Annual administration and progress report of the Indian Medical Department, Bombay
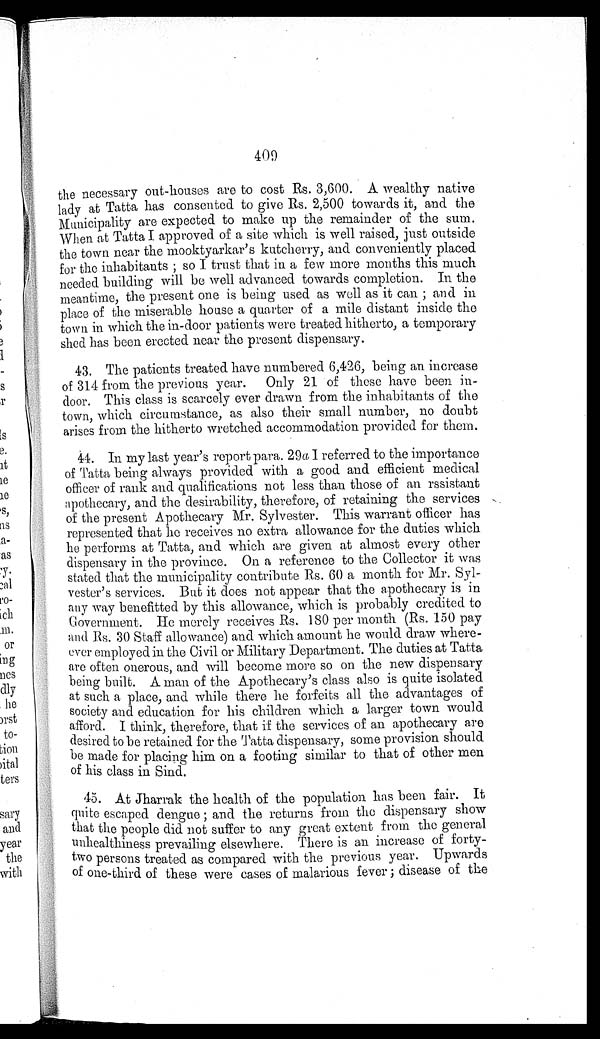
409
the necessary out-houses are to cost Rs. 3,600. A wealthy native
lady at Tatta has consented to give Rs. 2,500 towards it, and the
Municipality are expected to make up the remainder of the sum.
When at Tatta I approved of a site which is well raised, just outside
the town near the mooktyarkar's kutcherry, and conveniently placed
for the inhabitants; so I trust that in a few more months this much
needed building will be well advanced towards completion. In the
meantime, the present one is being used as well as it can; and in
place of the miserable house a quarter of a mile distant inside the
town in which the in-door patients were treated hitherto, a temporary
shed has been erected near the present dispensary.
43. The patients treated have numbered 6,426, being an increase
of 314 from the previous year. Only 21 of these have been in
-door. This class is scarcely ever drawn from the inhabitants of the
town, which circumstance, as also their small number, no doubt
arises from the hitherto wretched accommodation provided for them.
44. In my last year's report para. 29 a I referred to the importance
of Tatta being always provided with a good and efficient medical
officer of rank and qualifications not less than those of an rssistant
apothecary, and the desirability, therefore, of retaining the services
of the present Apothecary Mr. Sylvester. This warrant officer has
represented that he receives no extra allowance for the duties which
he performs at Tatta, and which are given at almost every other
dispensary in the province. On a reference to the Collector it was
stated that the municipality contribute Rs. 60 a month for Mr. Syl
-vester's services. But it does not appear that the apothecary is in
any way benefitted by this allowance, which is probably credited to
Government. He merely receives Rs. 180 per month (Rs. 150 pay
and Rs. 30 Staff allowance) and which amount he would draw where
-ever employed in the Civil or Military Department. The duties at Tatta
are often onerous, and will become more so on the new dispensary
being built. A man of the Apothecary's class also is quite isolated
at such a place, and while there he forfeits all the advantages of
society and education for his children which a larger town would
afford. I think, therefore, that if the services of an apothecary are
desired to be retained for the Tatta dispensary, some provision should
be made for placing him on a footing similar to that of other men
of his class in Sind.
45. At Jharrak the health of the population has been fair. It
quite escaped dengue; and the returns from the dispensary show
that the people did not suffer to any great extent from the general
unhealthiness prevailing elsewhere. There is an increase of forty
-two persons treated as compared with the previous year. Upwards
of one-third of these were cases of malarious fever; disease of the